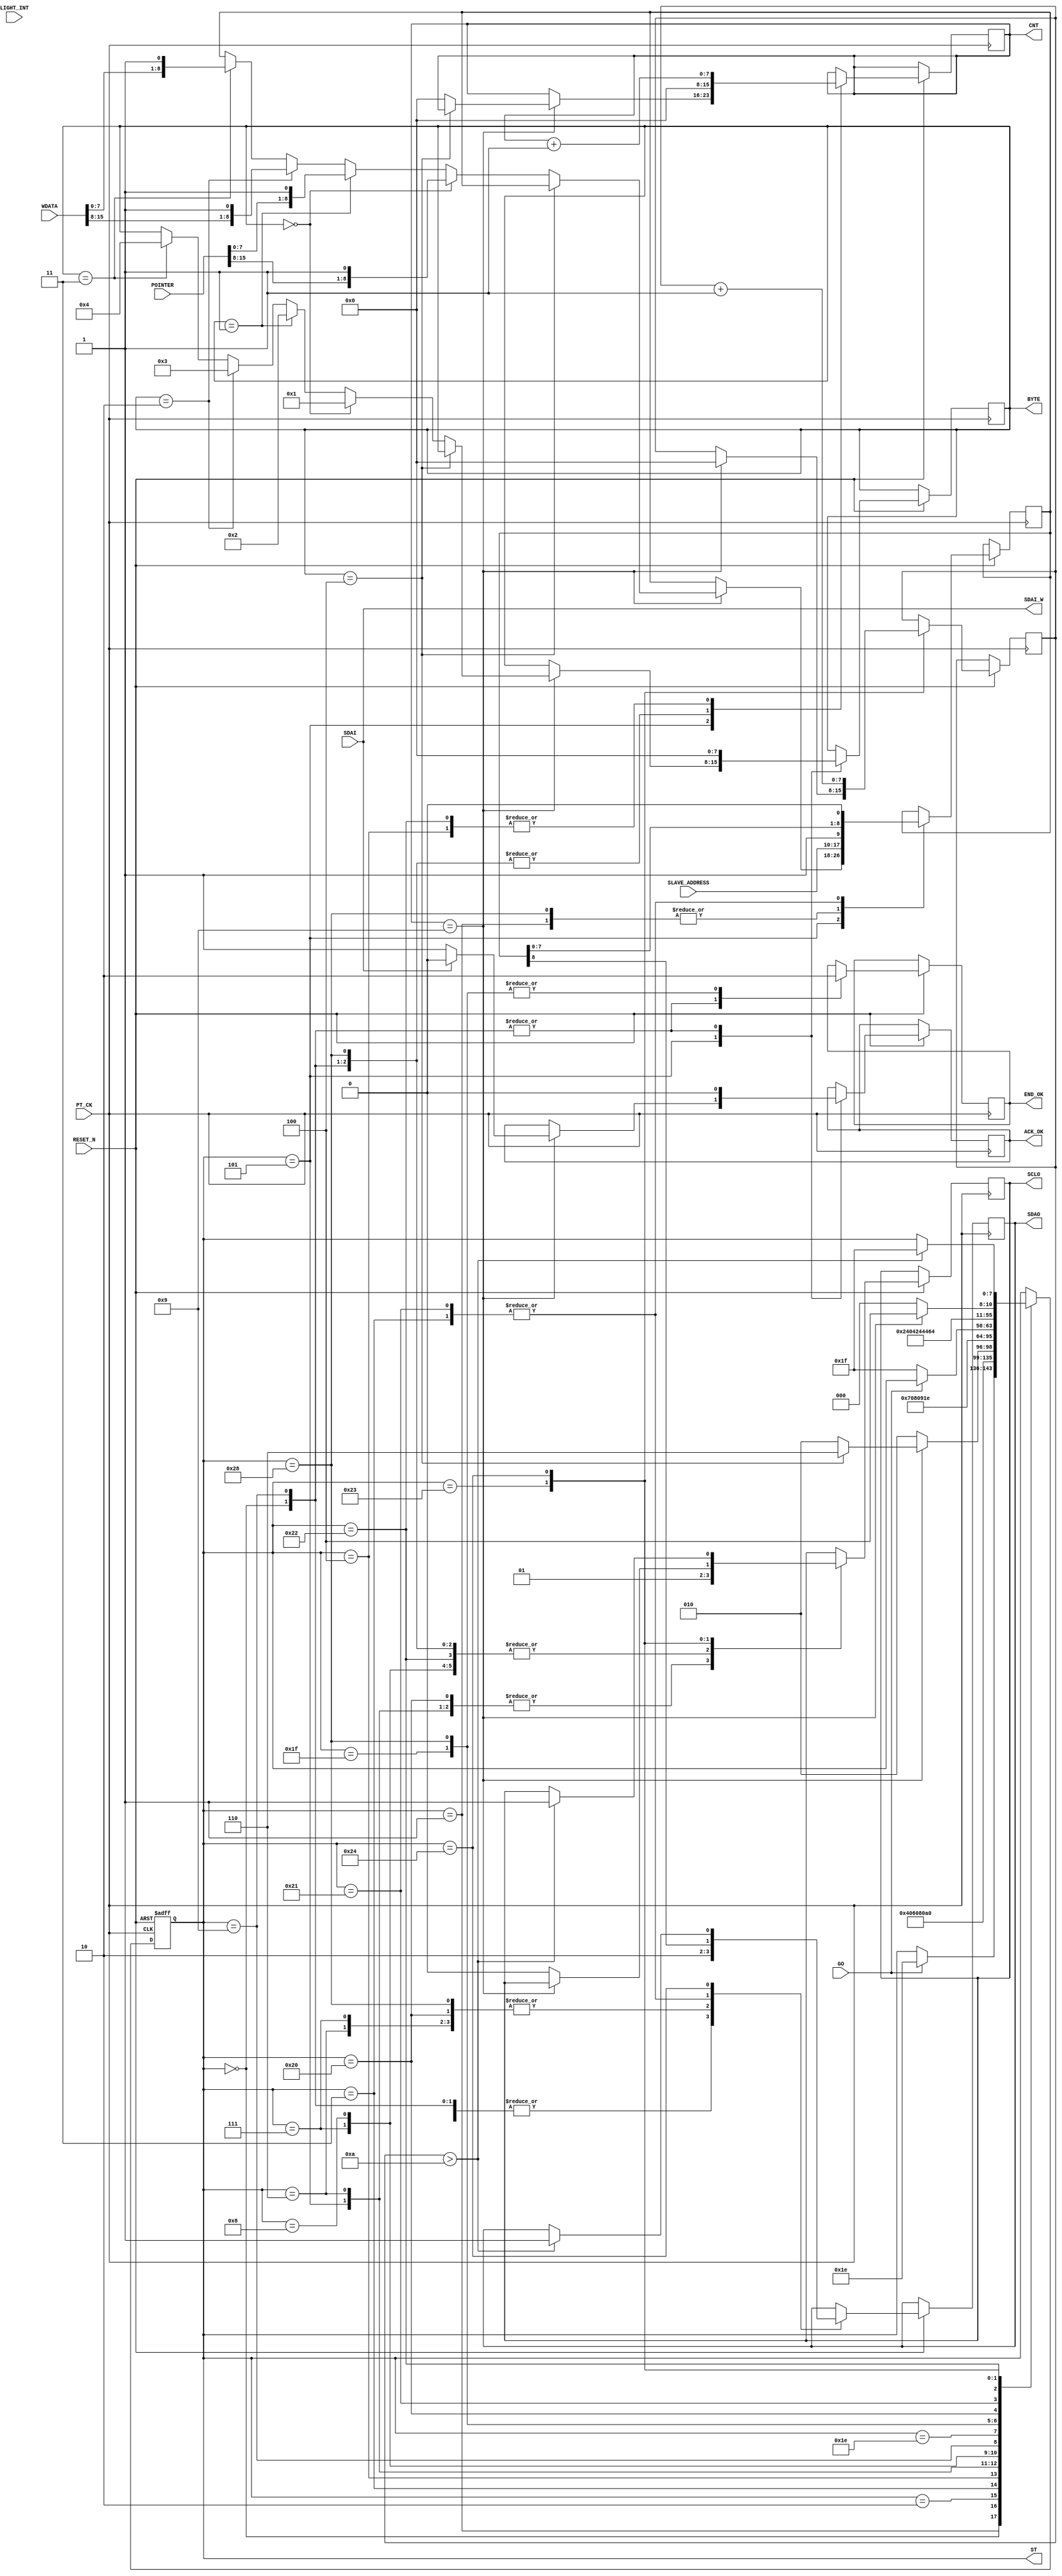
module I2C_WRITE_2BYTE_B  (
   input  				RESET_N ,
	input      		  	PT_CK,
	input      		  	GO,
	input LIGHT_INT ,
	input      [15:0] POINTER,
	input      [7:0] 	SLAVE_ADDRESS,	
	input      [15:0]	WDATA,		
	input            	SDAI,
	output reg       	SDAO,
	output reg       	SCLO,
	output reg       	END_OK,
	
	//--for test 
	output SDAI_W ,
	output reg [7:0] 	ST ,
	output reg [7:0] 	CNT,
	output reg [7:0] 	BYTE,
	output reg       	ACK_OK
);

//=====byte end ==== 
parameter 	BYTE_NUM = 4;
 
//===reg/wire  
reg   [8:0]A ;
reg   [7:0]DELY ;
assign SDAI_W =SDAI ;



always @( negedge RESET_N or posedge  PT_CK )begin
if (!RESET_N  ) ST <=0;
else 
	  case (ST)
	    0: begin  //start 		      
		      SDAO   <=1; 
	         SCLO   <=1;
	         ACK_OK <=0;
	         CNT    <=0;
	         END_OK <=1;
	         BYTE   <=0;	
	         if (GO) ST  <=30 ; // inital 							
		    end	  
	    1: begin  //start 
		      ST <=2 ; 
			   { SDAO,  SCLO } <= 2'b01; 
				A <= {SLAVE_ADDRESS ,1'b1 };//WRITE COMMAND
		    end
	    2: begin  //start 
		      ST <=3 ; 
			   { SDAO,  SCLO } <= 2'b00; 
		    end
			 
	    3: begin  //start 
		      ST <=4 ; 
			   { SDAO, A } <= { A ,1'b0 }; 
		    end
	    4: begin  //start 
		      ST <=5 ; 
			   SCLO <= 1'b1 ; 
				CNT <= CNT +1 ;
		    end
			 
	    5: begin  //start 
			   SCLO <= 1'b0 ; 
			   if (CNT==9) begin
				     if ( BYTE == BYTE_NUM )  ST <= 6 ; 
					  else  begin 
					           CNT <=0 ; 
					           ST <= 2 ;
					                if ( BYTE ==0 ) begin BYTE <=1  ; A <= {POINTER[15:8] ,1'b1 }; end 
					           else if ( BYTE ==1 ) begin BYTE <=2  ; A <= {POINTER[7:0] ,1'b1 }; end 
						        else if ( BYTE ==2 ) begin BYTE <=3  ; A <= {WDATA[15:8] ,1'b1 }; end 
						        else if ( BYTE ==3 ) begin BYTE <=4  ; A <= {WDATA[7:0] ,1'b1 }; end 
							  end
					  if ( !SDAI_W ) ACK_OK <=1 ; 
					  else ACK_OK <=0 ; 
				 end
				 else ST <= 2;
		    end

	    6: begin          //stop
		      ST <=7 ; 
			   { SDAO,  SCLO } <= 2'b00; 
         end

	    7: begin          //stop
		      ST <=8 ; 
			   { SDAO,  SCLO } <= 2'b01; 
         end
	    8: begin          //stop
		      ST <=9 ; 
			   { SDAO,  SCLO } <= 2'b11; 
						
         end //stop
		9:	begin
		      ST     <= 30; 
				SDAO   <=1; 
	         SCLO   <=1;
	         ACK_OK <=0;
	         CNT    <=0;
	         END_OK <=1;
	         BYTE   <=0;
		     end
		//--- END ---
		  30: begin
            if (!GO) ST  <=31;
          end			
		   31: begin  //
		      END_OK<=0;
				ST    <=1;	
			end	
	  //---SLEEP UP-----		 
	    40: begin  //
		      END_OK<=0;
				CNT <=0 ; 
		      ST <=32 ; 
			   { SDAO,  SCLO } <= 2'b01; 
				A <= {SLAVE_ADDRESS ,1'b1 };//WRITE COMMAND
		    end
	    32: begin  //start 
		      ST <=33 ; 
			   { SDAO,  SCLO } <= 2'b00; 
		    end			 
	    33: begin  //start 
		      ST <=34 ; 
			   { SDAO, A } <= { A ,1'b0 }; 
		    end
	    34: begin  //start 
		      ST <=35 ; 
			   SCLO <= 1'b1 ; 
				CNT <= CNT +1 ;
		    end
			 
	    35: begin  
			  
			  if (CNT==9)  begin DELY<=0;  ST <= 36;end 
			  else begin ST <= 32; SCLO <= 1'b0 ; end 
		    end	
 			 
	    36: begin  
		         DELY<=DELY+1;
				   if ( DELY > 10 )  begin 
							 //if ( LIGHT_INT==1 ) begin 
							  ST <= 31 ;  { SDAO,  SCLO } <= 2'b11; 
							  //end
			             //else  begin ST <=5 ;SCLO <= 1'b0;  end 
			      end
			end		
	  endcase 
 end
 
endmodule